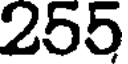
255